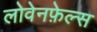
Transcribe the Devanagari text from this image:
लोवेनफ़ेल्स